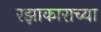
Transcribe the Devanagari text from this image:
रझाकाराच्या